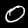
Digit: 0